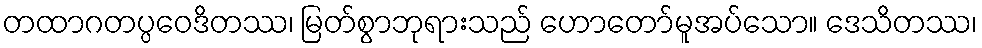
တထာဂတပ္ပဝေဒိတဿ၊ မြတ်စွာဘုရားသည် ဟောတော်မူအပ်သော။ ဒေသိတဿ၊